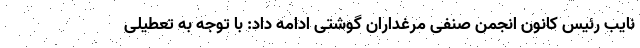
نایب رئیس کانون انجمن صنفی مرغداران گوشتی ادامه داد: با توجه به تعطیلی